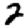
Digit: 2